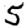
Digit: 5